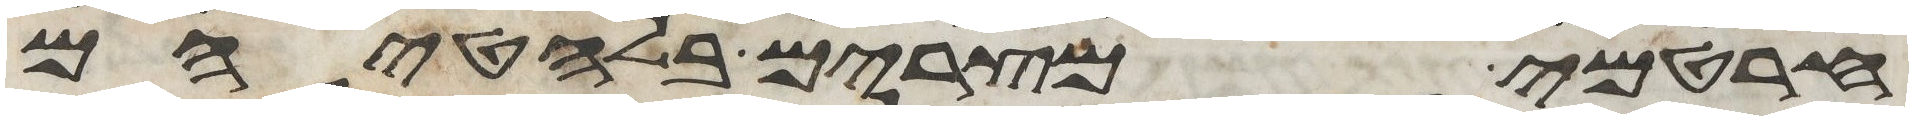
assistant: חרטמי מצרים בלחטיהם